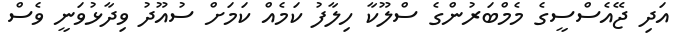
އަދި ޖޭއެސްސީގެ މެމްބަރުންގެ ސްލޫކާ ހިލާފު ކަމެއް ކަމަށް ސުއޫދު ވިދާޅުވަނީ ވެސް